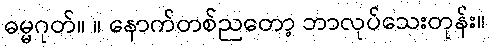
ဓမ္မဂုတ်။ ။ နောက်တစ်ညတော့ ဘာလုပ်သေးတုန်း။